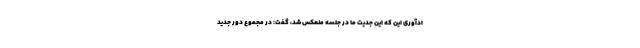
ادآوری این که این جدیت ما در جلسه منعکس شد، گفت: در مجموع دور جدید